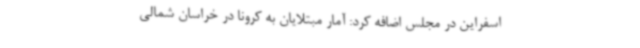
اسفراین در مجلس اضافه کرد: آمار مبتلایان به کرونا در خراسان شمالی